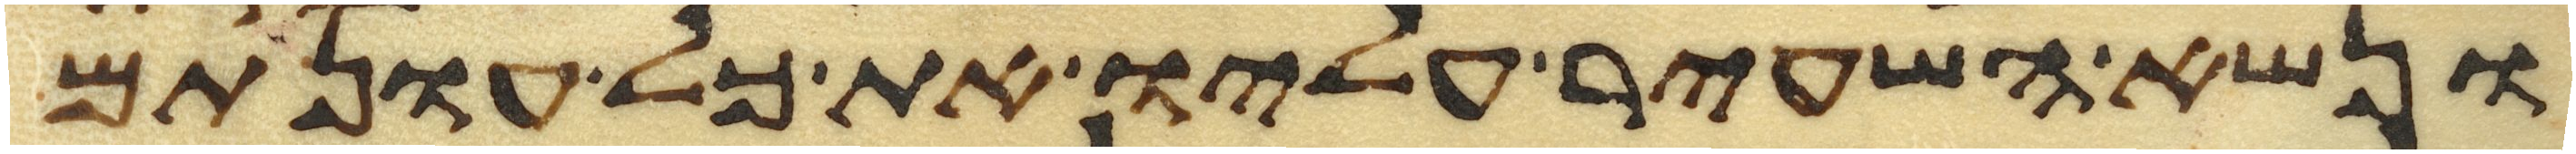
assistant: ונשא השעיר עליו את כל עונתם